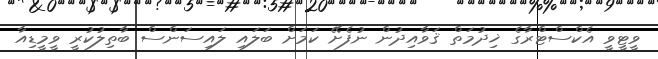
ވީޓީވީ އެކްސްޓްރާގެ ޚިދުމަތް ޤަވާއިދުން ނުފެށޭ ކަމަށް ބަލައި ލައިސަންސް ބާތިލުކުރީ ވީމީޑިއާ